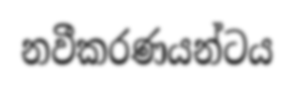
නවීකරණයන්ටය